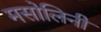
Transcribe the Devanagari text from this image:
मसोलिनी